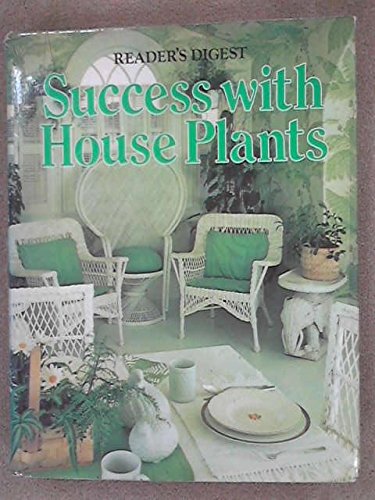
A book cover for Success With Houseplants; Editors of Reader's Digest; Crafts, Hobbies & Home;